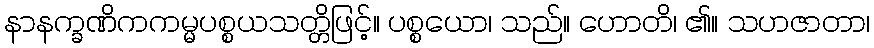
နာနက္ခဏိကကမ္မပစ္စယသတ္တိဖြင့်။ ပစ္စယော၊ သည်။ ဟောတိ၊ ၏။ သဟဇာတာ၊